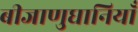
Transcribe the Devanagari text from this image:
बीजाणुघानियाँ